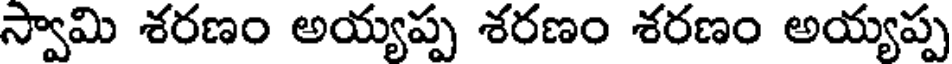
స్వామి శరణం అయ్యప్ప శరణం శరణం అయ్యప్ప